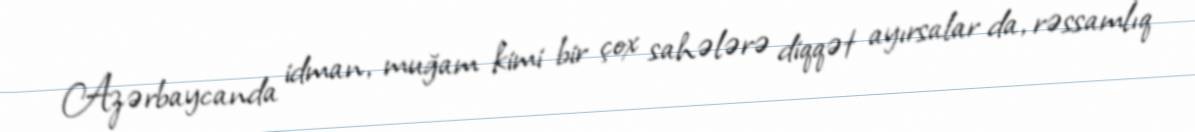
Azərbaycanda idman, muğam kimi bir çox sahələrə diqqət ayırsalar da, rəssamlıq